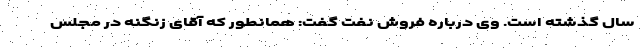
سال گذشته است. وی درباره فروش نفت گفت: همانطور که آقای زنگنه در مجلس